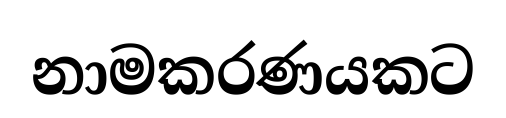
නාමකරණයකට